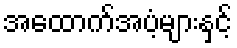
အထောက်အပံ့များနှင့်